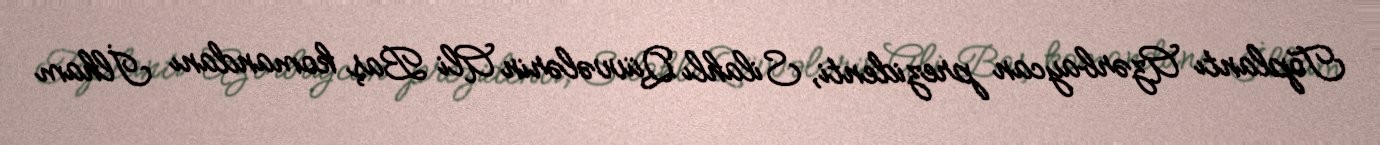
Toplantı Azərbaycan prezidenti, Silahlı Qüvvələrin Ali Baş komandanı İlham